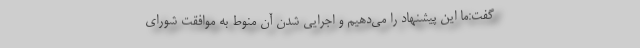
گفت:‌ما این پیشنهاد را می‌دهیم و اجرایی شدن آن منوط به موافقت شورای